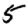
Digit: 5